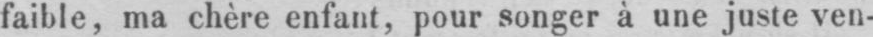
faible, ma chère enfant, pour songer à une juste ven-